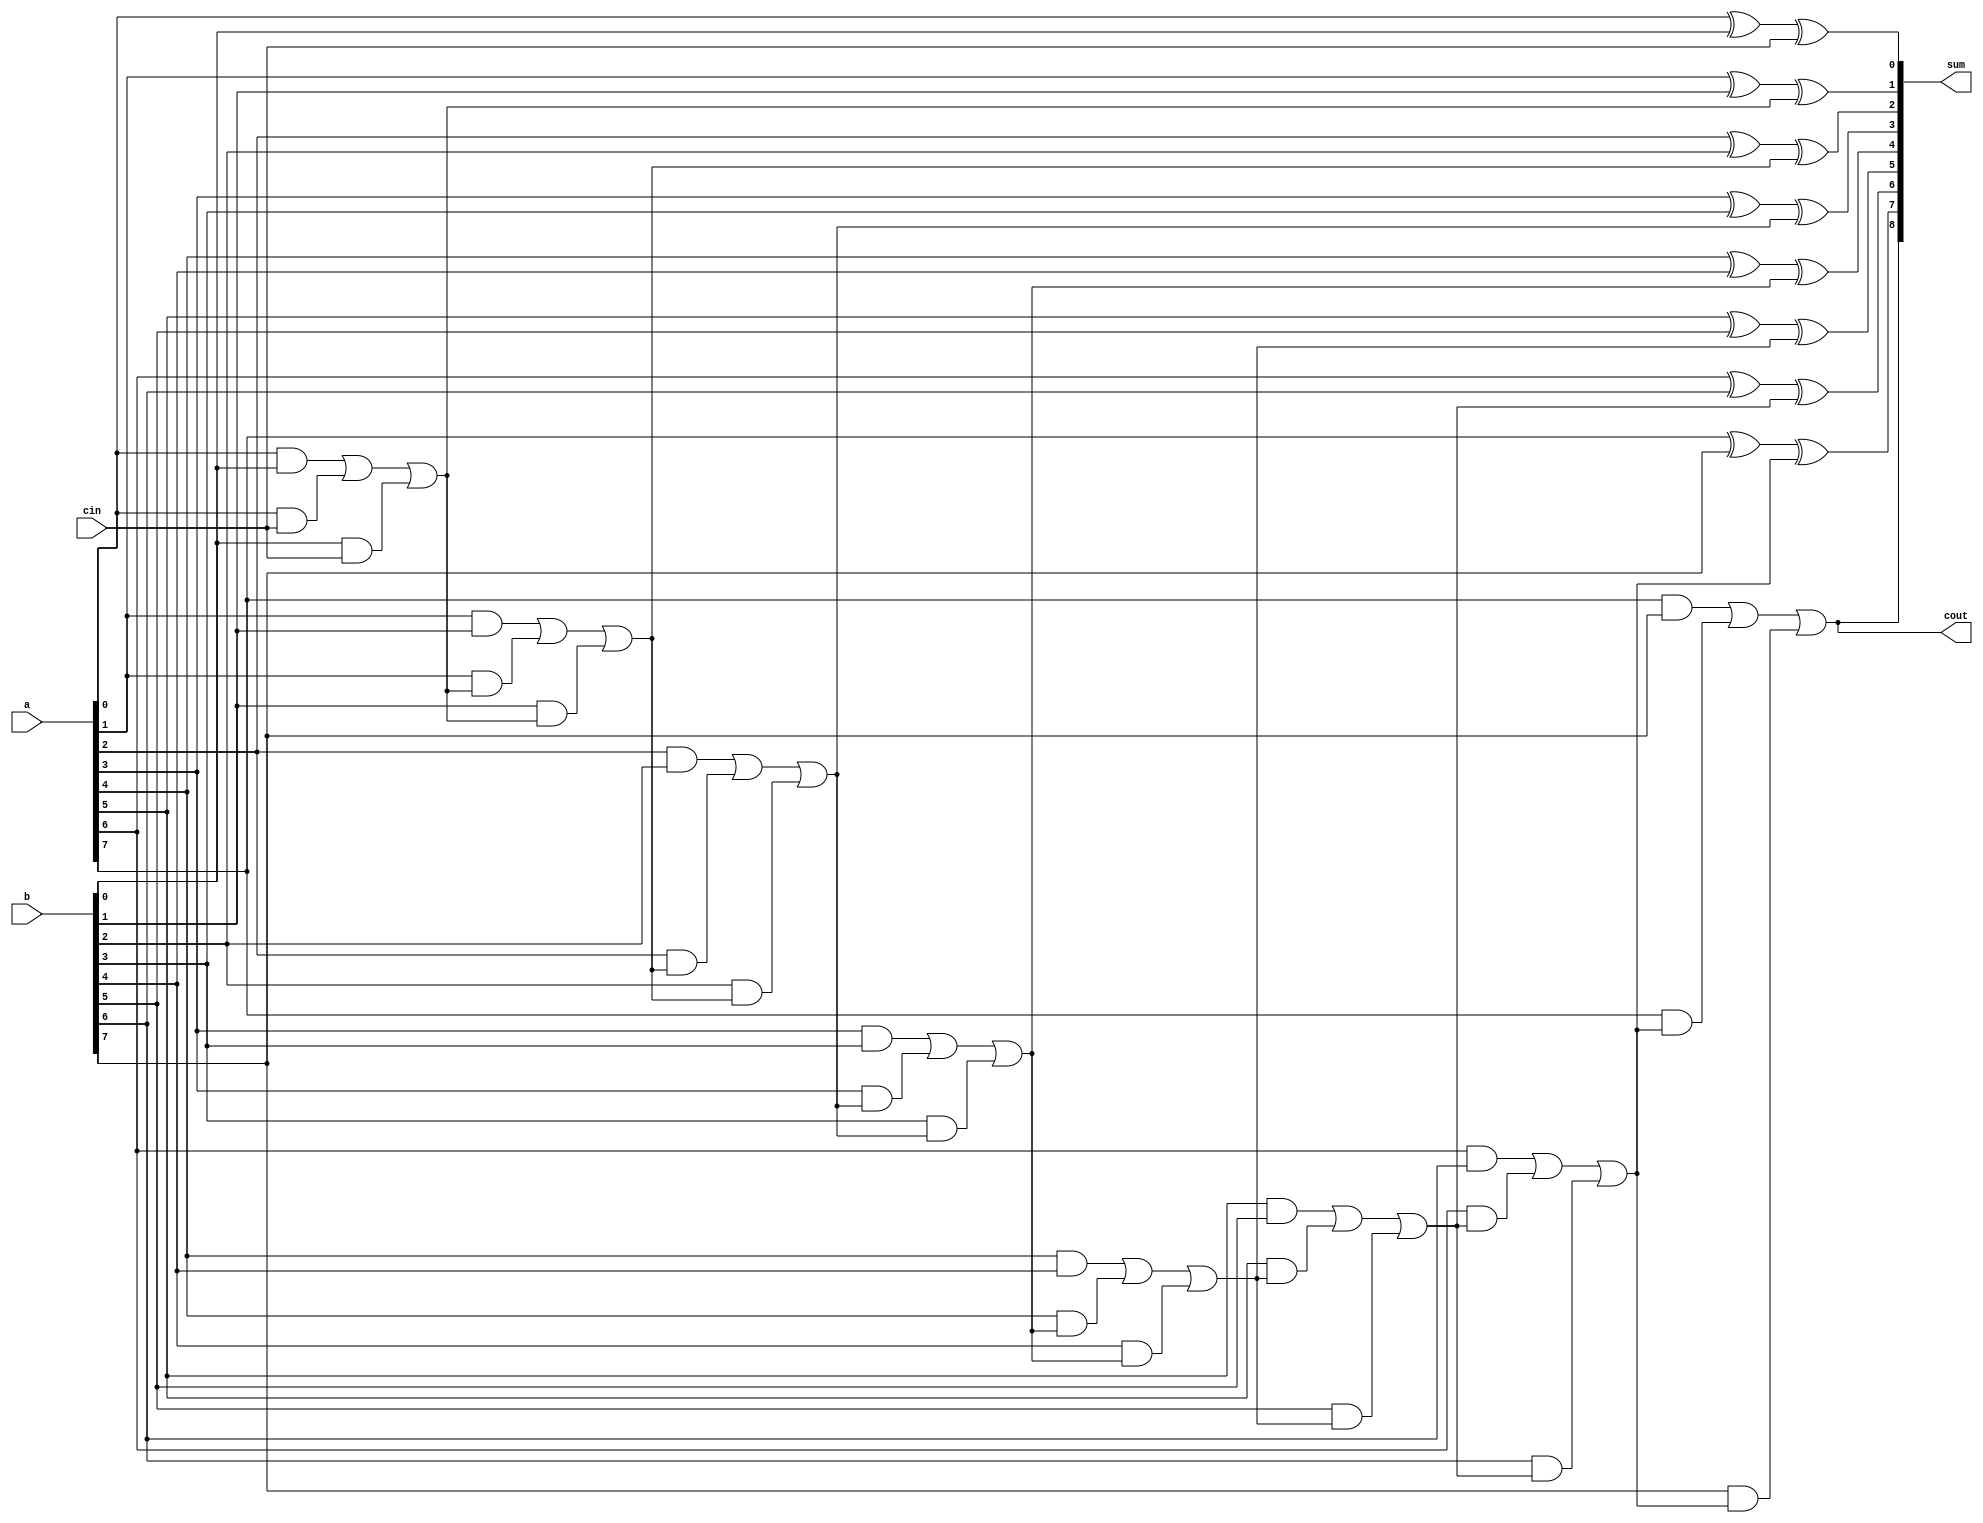
module carry_skip_lookahead_adder (
    input wire [7:0] a,
    input wire [7:0] b,
    input wire cin,
    output reg [8:0] sum,
    output reg cout
);

reg [8:0] s;
reg c;

assign sum = s;
assign cout = c;

always @(a, b, cin) begin
    s[0] = a[0] ^ b[0] ^ cin;
    c = (a[0] & b[0]) | (a[0] & cin) | (b[0] & cin);
    s[1] = a[1] ^ b[1] ^ c;
    c = (a[1] & b[1]) | (a[1] & c) | (b[1] & c);
    s[2] = a[2] ^ b[2] ^ c;
    c = (a[2] & b[2]) | (a[2] & c) | (b[2] & c);
    s[3] = a[3] ^ b[3] ^ c;
    c = (a[3] & b[3]) | (a[3] & c) | (b[3] & c);
    s[4] = a[4] ^ b[4] ^ c;
    c = (a[4] & b[4]) | (a[4] & c) | (b[4] & c);
    s[5] = a[5] ^ b[5] ^ c;
    c = (a[5] & b[5]) | (a[5] & c) | (b[5] & c);
    s[6] = a[6] ^ b[6] ^ c;
    c = (a[6] & b[6]) | (a[6] & c) | (b[6] & c);
    s[7] = a[7] ^ b[7] ^ c;
    c = (a[7] & b[7]) | (a[7] & c) | (b[7] & c);
    s[8] = c;
end

endmodule